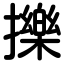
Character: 擽